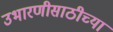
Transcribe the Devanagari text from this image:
उभारणीसाठीच्या